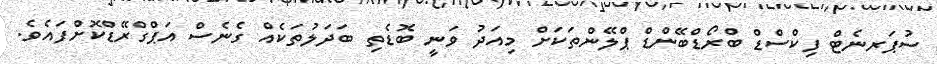
ސުޕަރނެޓް ފިކްސްޑް ބްރޯޑްބޭންޑް ޕްލޭންތަކަށް މިއަދު ވަނީ ބޮޑެތި ބަދަލުތަކެއް ގެނެސް އަޕްގްރޭޑްކޮށްފައެވެ.